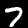
Digit: 7